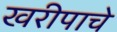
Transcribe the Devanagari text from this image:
खरीपाचे